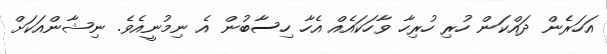
އަހަރެން ދައްކަން ހުރި ހުރިހާ ވާހަކައެއް އެހާ ހިސާބުން އެ ނިމުނީއެވެ. ނިޝާންއަކަށް